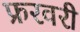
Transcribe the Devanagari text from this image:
फ्ररवरी